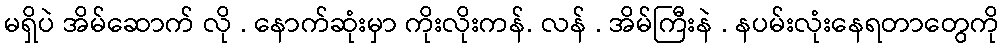
မရှိပဲ အိမ်ဆောက် လို . နောက်ဆုံးမှာ ကိုးလိုးကန်. လန် . အိမ်ကြီးနဲ . နပမ်းလုံးနေရတာတွေကို